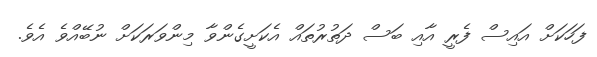
ފަހަކަށް އައިސް ފެރީ އާއި ބަސް ދަތުރުތައް އެކަށީގެންވާ މިންވަރަކަށް ނުބޭއްވެ އެވެ.